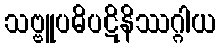
သဗ္ဗူပဓိပဋိနိဿဂ္ဂါယ